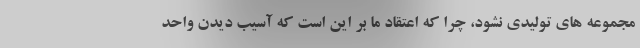
مجموعه های تولیدی نشود، چرا که اعتقاد ما بر این است که آسیب دیدن واحد